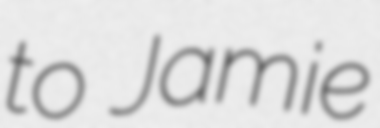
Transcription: to Jamie